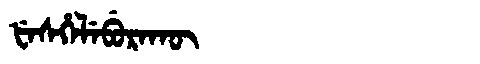
Manchu: ᡶᡝᠰᡥᡝᠯᡝᠪᡠᡵᠠᡴᡡ
Romanization: FESHELEBURAKŪ